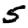
Digit: 5